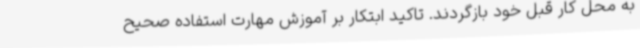
به محل کار قبل خود بازگردند. تاکید ابتکار بر آموزش مهارت استفاده صحیح